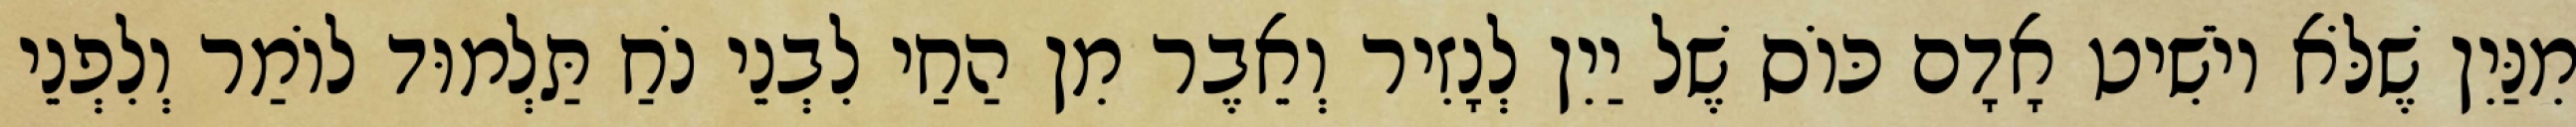
מִנַּיִן שֶׁלֹּא יוֹשִׁיט אָדָם כּוֹס שֶׁל יַיִן לְנָזִיר וְאֵבֶר מִן הַחַי לִבְנֵי נֹחַ תַּלְמוּד לוֹמַר וְלִפְנֵי